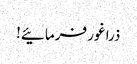
ذرا غور فرمائیے!